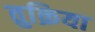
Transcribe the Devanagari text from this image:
तुक्रिया